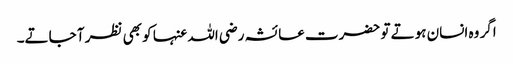
اگر وہ انسان ہوتے تو حضرت عائشہ رضی اللہ عنہا کو بھی نظر آ جاتے۔